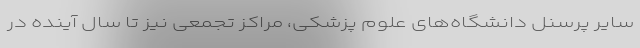
سایر پرسنل دانشگاه‌های علوم پزشکی، مراکز تجمعی نیز تا سال آینده در